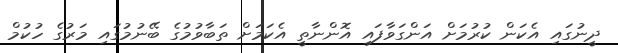
ދީނުގައި އެކަން ކުރުމަށް އަންގަވާފައި އޮންނާތީ އެކަމަށް ތަބާވުމުގެ ބޭނުމުގައި މަރުގެ ހުކުމް